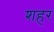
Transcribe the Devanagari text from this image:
शहर